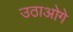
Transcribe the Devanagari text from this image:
उठाओगे